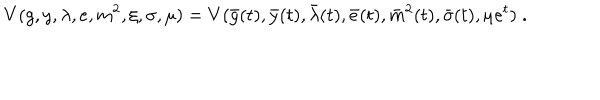
V ( g , y , \lambda , e , m ^ { 2 } , \xi , \sigma , \mu ) = V ( \bar { g } ( t ) , \bar { y } ( t ) , \bar { \lambda } ( t ) , \bar { e } ( t ) , \bar { m } ^ { 2 } ( t ) , \bar { \sigma } ( t ) , \mu e ^ { t } ) \; .